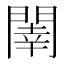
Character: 𨵉